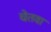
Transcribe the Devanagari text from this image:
चेतवा